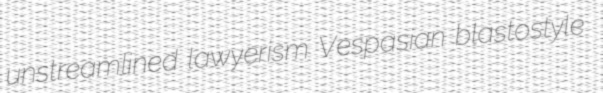
unstreamlined lawyerism Vespasian blastostyle